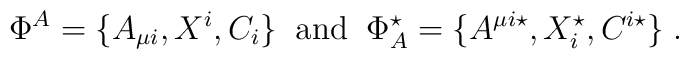
\Phi^{A}=\{A_{\mu i},X^{i},C_{i}\}\;\;{\rm and}\;\;\Phi^{\star}_{A}=\{A^{\mu i\star},X^{\star}_{i},C^{i\star}\}\;.